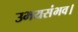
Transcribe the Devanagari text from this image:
उभयसंभव।